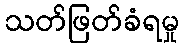
သတ်ဖြတ်ခံရမှု